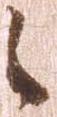
之